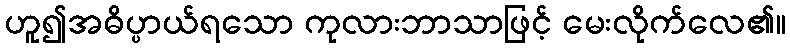
ဟူ၍အဓိပ္ပာယ်ရသော ကုလားဘာသာဖြင့် မေးလိုက်လေ၏။